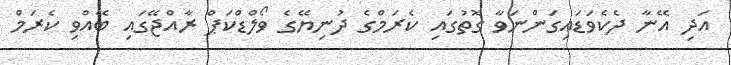
އަދި އޭނާ ދެކެވަޑައިގަންނަވާ ގޮތުގައި ކެރަމްގެ ދުނިޔޭގެ ވޯލްޑްކަޕް ރާއްޖޭގައި ބޭއްވި ކެރަމް